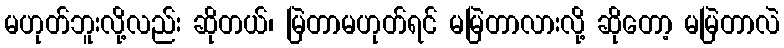
မဟုတ်ဘူးလို့လည်း ဆိုတယ်၊ မြဲတာမဟုတ်ရင် မမြဲတာလားလို့ ဆိုတော့ မမြဲတာလဲ